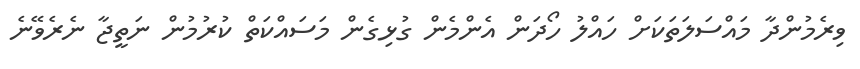
ވިރެމުންދާ މައްސަލަތަކަށް ހައްލު ހޯދަން އެންމެން ގުޅިގެން މަސައްކަތް ކުރުމުން ނަތީޖާ ނެރެވޭނެ